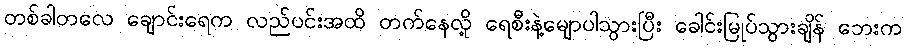
တစ်ခါတလေ ချောင်းရေက လည်ပင်းအထိ တက်နေလို့ ရေစီးနဲ့မျောပါသွားပြီး ခေါင်းမြုပ်သွားချိန် ဘေးက